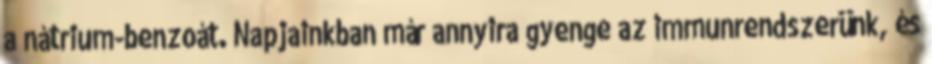
a nátrium-benzoát. Napjainkban már annyira gyenge az immunrendszerünk, és